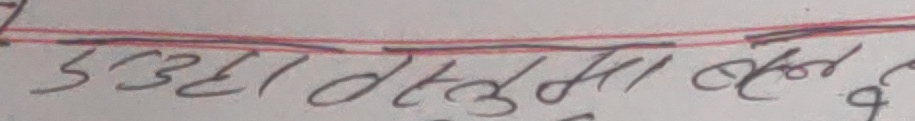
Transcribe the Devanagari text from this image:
सउडारतुबा बेठ के